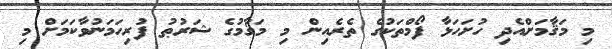
މި މަޤާމަށްއެދި ހުށަހަޅާ ފޯމްތަކުގެ ތެރެއިން މި މަޤާމުގެ ޝަރުޠު ފުރިހަމަނުވާކަމަށް މި